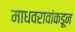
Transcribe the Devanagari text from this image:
माधवरावांकडून